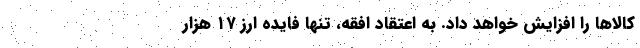
کالاها را افزایش خواهد داد. به اعتقاد افقه، تنها فایده ارز ۱۷ هزار